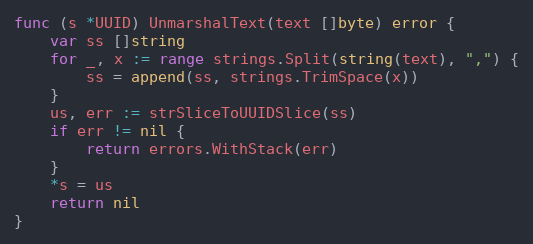
Language: Go
func (s *UUID) UnmarshalText(text []byte) error {
	var ss []string
	for _, x := range strings.Split(string(text), ",") {
		ss = append(ss, strings.TrimSpace(x))
	}
	us, err := strSliceToUUIDSlice(ss)
	if err != nil {
		return errors.WithStack(err)
	}
	*s = us
	return nil
}